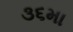
૩૬મા